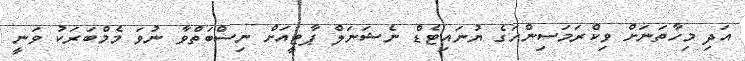
އަދި މިހާތަނަށް ވިކްރަމަސިންހަގެ ޔުނައިޓެޑް ނެޝަނަލް ޕާޓީއަށް ނިސްބަތްވާ ނުވަ މެމްބަރަކު ވަނީ